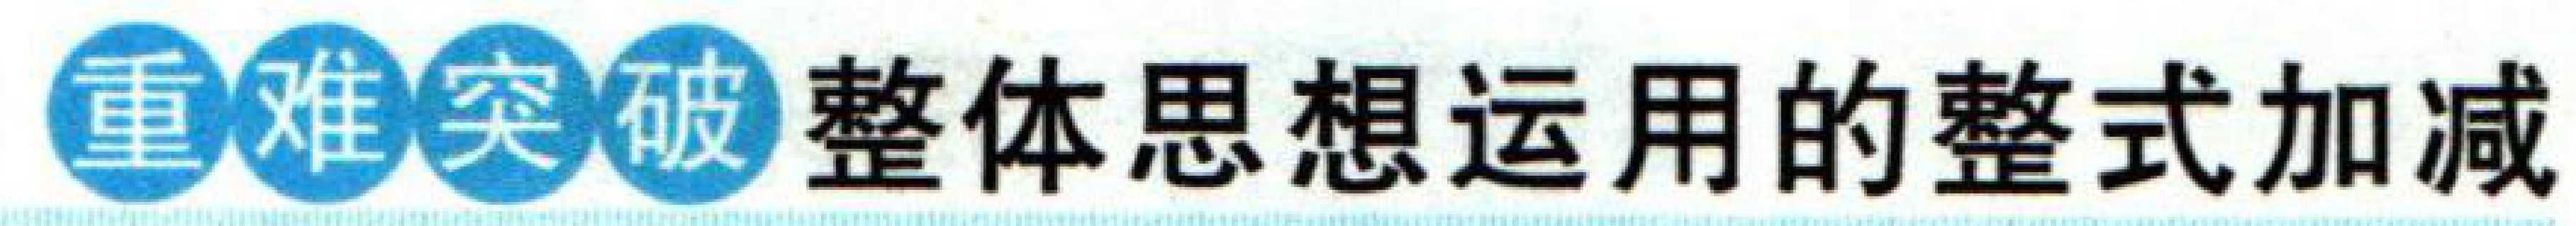
重●难●突●破 整体思想运用的整式加减